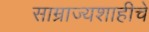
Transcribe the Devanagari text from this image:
साम्राज्यशाहीचे